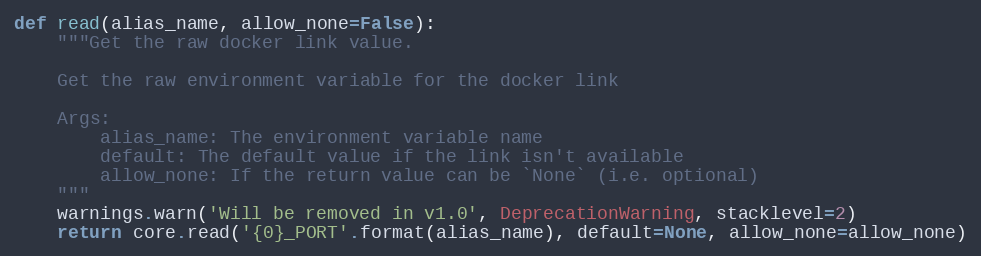
Language: Python
def read(alias_name, allow_none=False):
    """Get the raw docker link value.

    Get the raw environment variable for the docker link

    Args:
        alias_name: The environment variable name
        default: The default value if the link isn't available
        allow_none: If the return value can be `None` (i.e. optional)
    """
    warnings.warn('Will be removed in v1.0', DeprecationWarning, stacklevel=2)
    return core.read('{0}_PORT'.format(alias_name), default=None, allow_none=allow_none)